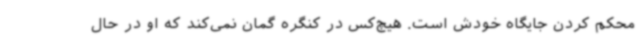
محکم کردن جایگاه خودش است. هیچ‌کس در کنگره گمان نمی‌کند که او در حال